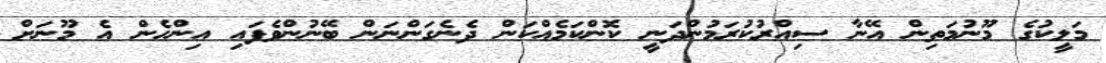
މަލީކުގެ މޫނުމަތިން އޭނާ ސިއްރުކުރަމުންދަނީ ކޮންކަމެއްކަން ދެނެގަންނަން ބޭނުންވެފައި އިންހެން އެ މޫނަށް